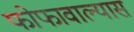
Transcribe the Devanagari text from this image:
फोफावाल्यास